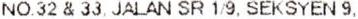
NO.32 & 33, JALAN SR 1/9, SEKSYEN 9,